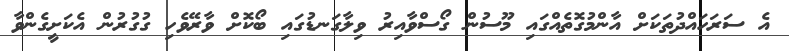
އެ ސަރަހައްދުތަކަށް އާންމުގޮތެއްގައި މޫސުުން ގޯސްވާއިރު ވިލާގަނޑުގައި ބޯކޮށް ވާރޭވެހި ގުގުރުން އެކަށީގެންވާ